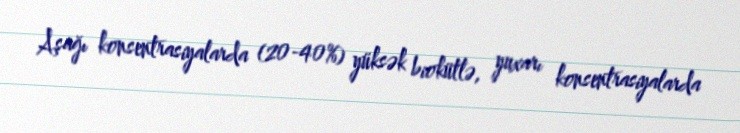
Aşağı konsentrasiyalarda (20-40%) yüksək biokütlə, yuxarı konsentrasiyalarda